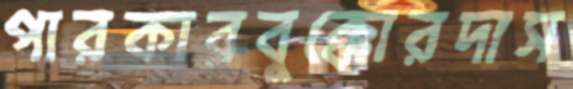
পারকারবুক্কোরদাস